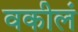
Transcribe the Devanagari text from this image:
वकीलं